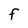
Character: f